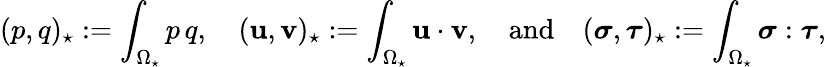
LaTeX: (p,q)_{\star}:=\int_{\Omega_{\star}}p\, q,\quad(\mathbf{u},{\mathbf{v}})_{\star}:=\int_{\Omega_{\star}}\mathbf{u}\cdot{\mathbf{v}},{\quad\mathrm{and}\quad}({\boldsymbol\sigma},{\boldsymbol\tau})_{\star}:=\int_{\Omega_{\star}}{\boldsymbol\sigma}:{\boldsymbol\tau},